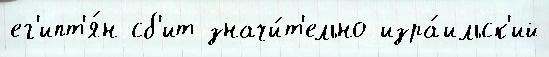
ег'ипт'я́н сб'ит значи́т'ельно изра́ильск'ий